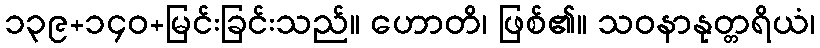
၁၃၉+၁၄၀+မြင်းခြင်းသည်။ ဟောတိ၊ ဖြစ်၏။ သဝနာနုတ္တရိယံ၊